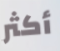
أكثر